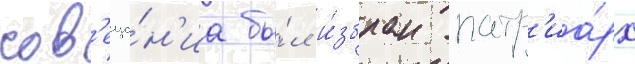
сов'еща́н'иа бы́л и́збран патр'иа́рх